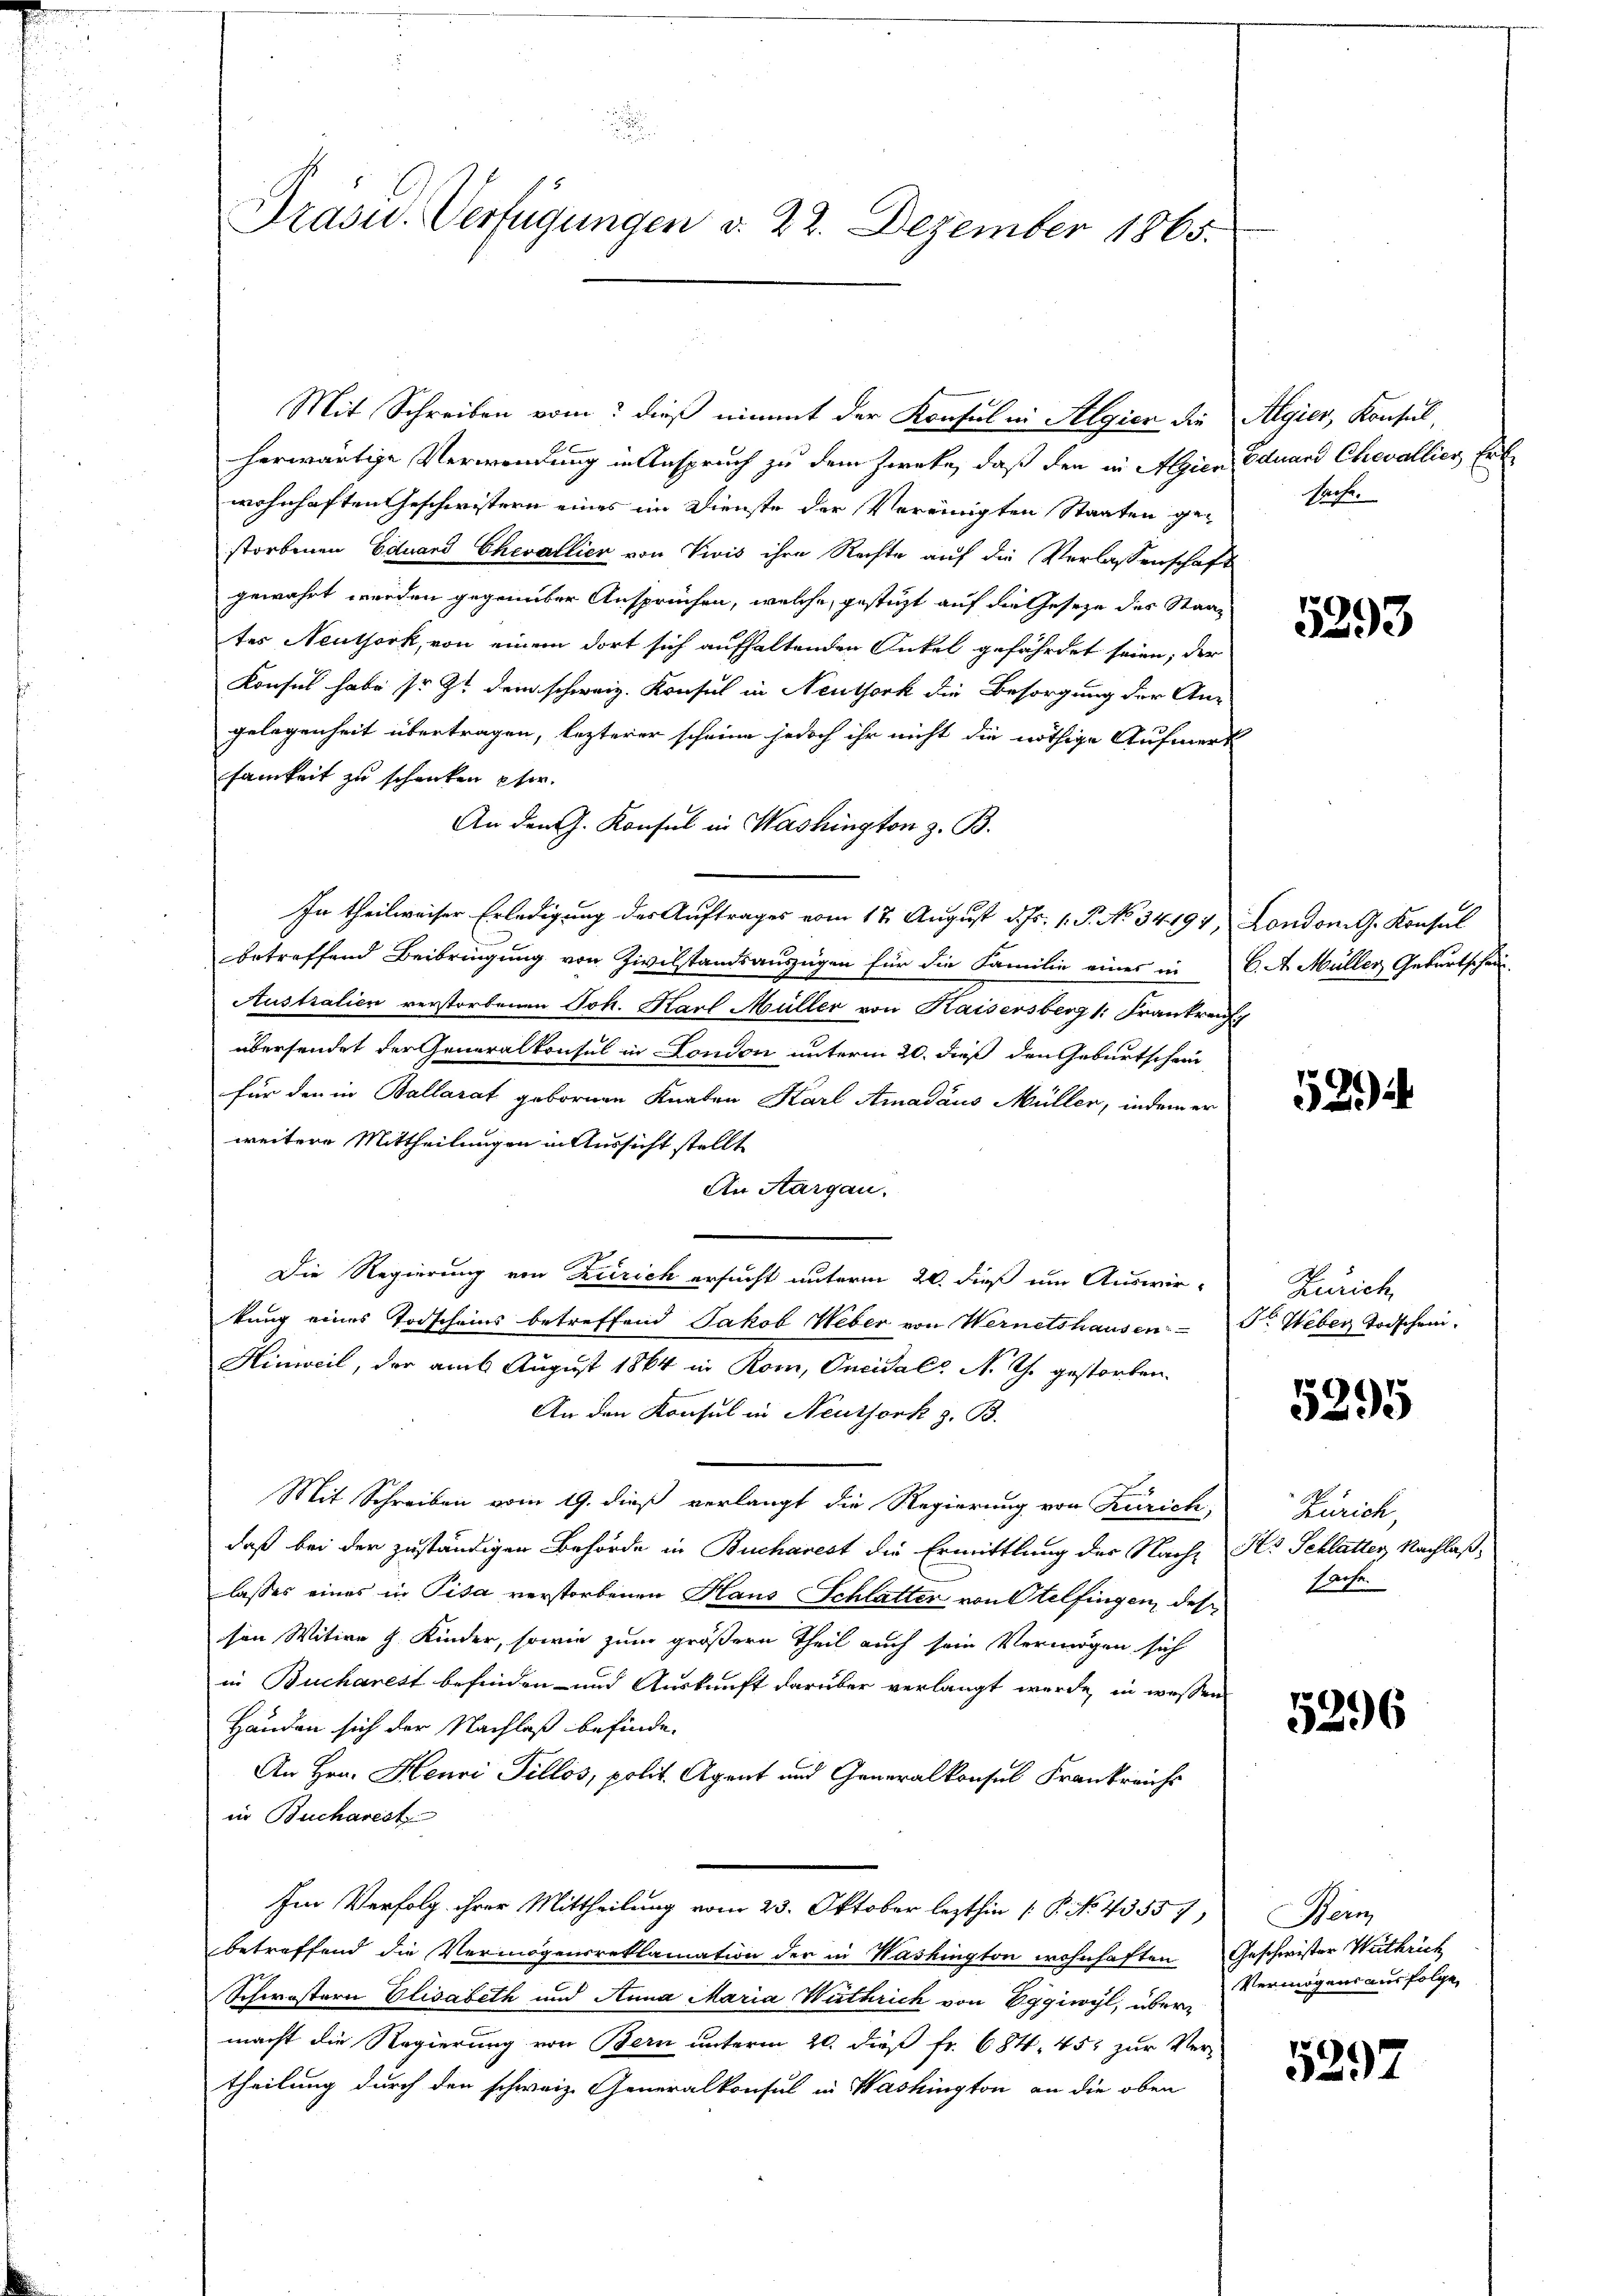
.
Präsid. Verfügungen d. 22. Dezember 1865.

Mit Schreiben vom dieß nimmt der Konsul in Algien die Algier, Konsul,
herwärtige Verwendung in Anspruch zu dem Zwecke, daß den in Algien Eduard Chevallier, Erbe
wohnhaften Geschwistern eines im Dienste der Vereinigten Staaten ge-
storbenen Eduard Chevallier von Viis ihre Rechte auf die Verlassenschaft
gewährt werden gegenüber Ansprüchen, welche gestüzt auf die Geseze des Staat
tes Neuthork, von einem dort sich aufhaltenden Onkel gefährdet seien; der
Konsul habe so et dem schweiz. Konsul in Neuthork die Besorgung der An-
gelegenheit übertragen, lezterer scheine jedoch ihr nicht die nöthige Aufmerk
samkeit zu schenken pfer.
An den J. Konsul in Washington z. B.
In theilweiser Erledigung des Auftrages vom 17. August d. Js. 1. P. No. 34194, London. Konsul
betreffend Beibringung von Zivilstandsauszügen für die Familie eines in 6. A. Müller Geburtschein
Australien verstorbenen Joh. Karl Müller von Kaisersberg 1: Frankrauf
übersendet der Generalkonsul in London unterm 20. dieß den Geburtschein
für den in Ballarat gebornen Knaben Karl Amadaus Müller, indem er
weitere Mittheilungen in Aussicht stellt
An Aargau.
Die Regierung von Zürich ersucht unterm 20. dieß um Auswir-
kung eines Todscheins betreffend Jakob Weber von Wernetshausen. - Dr. Weber Todschen-
Hinweil, der am 6 August 1864 in Rom, Oncidal N. Th. gestorben.
An den Konsul in Neuthork z. B.
Mit Schreiben vom 19. dieß verlangt die Regierung von Zürich,
daß bei der zuständigen Behörde in Bucharest die Ermittlung der Nach H. Schlatter, Nachlaßlasses eines in Pisa verstorbenen Haus Schlatter von Otelfingen, des
sen Witwe J. Kinder, sowie zum größern Theil auch sein Vermögen sich
in Bucharest befinden- und Auskunft darüber verlangt werde, in wessen
Händen sich der Nachlaß befinde.
An Hrn. Henri Tillos, polit. Agent und Generalkonsul Frankreichs
in Bucharest
Im Verfolg ihrer Mittheilung vom 23. Oktober lezthin 1 P. No. 43557, Bern
betreffend die Vermögensreklamation der in Washington wohnhaften Geschwister Wuthrich
Schwöstern Elisabeth und Anna Maria Wüthrich von Eggiwyl, übermacht die Regierung von Bern unterm 20. dieß fr. 684. 451 zur Ver-
theilung durch den schweiz. Generalkonsul in Washington an die oben

sache

5293

52)

Zürich

5295

Zürich,
sache.

5296

Vermögens ausfolge

5297